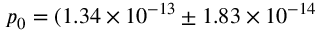
p _ { 0 } = ( 1 . 3 4 \times 1 0 ^ { - 1 3 } \pm 1 . 8 3 \times 1 0 ^ { - 1 4 }